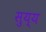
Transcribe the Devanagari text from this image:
सुय्य